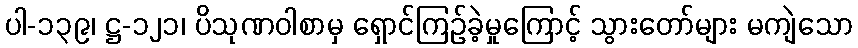
ပါ-၁၃၉၊ ဋ္ဌ-၁၂၁၊ ပိသုဏဝါစာမှ ရှောင်ကြဉ်ခဲ့မှုကြောင့် သွားတော်များ မကျဲသော